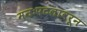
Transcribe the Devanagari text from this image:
मनःपटलावरून